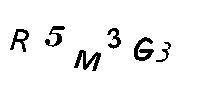
R5M3G3